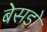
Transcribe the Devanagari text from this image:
बेसडो